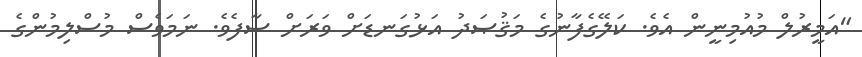
"އަމީރުލް މުއުމިނީން އެވެ. ކަލޭގެފާނުގެ މަޤުޞަދު އަޅުގަނޑަށް ވަރަށް ސާފެވެ. ނަމަވެސް މުސްލިމުންގެ